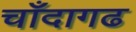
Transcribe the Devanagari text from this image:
चाँदागढ